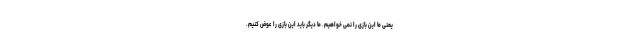
یعنی ما این بازی را نمی خواهیم. ما دیگر باید این بازی را عوض کنیم.